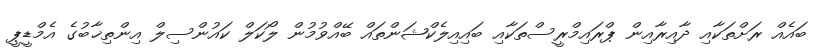
ބައެއް ރަށްތަކާއި ދާއިރާއިން ޕްރައިމްރީސްތަކާއި ބައިއިލެކްޝަންތައް ބޭއްވުމުން ލޯކަލް ކައުންސިލް އިންތިޚާބުގެ އެމްޑީޕީ